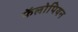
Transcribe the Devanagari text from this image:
फॅलोपियन